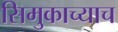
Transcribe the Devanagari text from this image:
सिमुकाच्याच